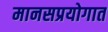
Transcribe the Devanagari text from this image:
मानसप्रयोगात